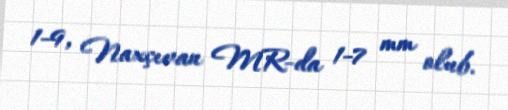
1-9, Naxçıvan MR-da 1-7 mm olub.